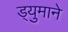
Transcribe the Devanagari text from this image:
ड्युमाने